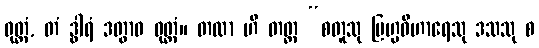
ဝုတ္တံ, တံ ဒွါရံ ဒတွာဝ ဝုတ္တံ။ တထာ ဟိ တတ္ထ “စတူသု ဗြဟ္မဝိဟာရေသု ဒသသု စ